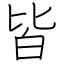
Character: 皆